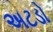
અટડો